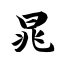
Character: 晁